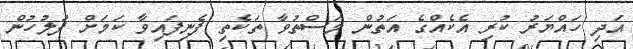
އަަދި ހައްޔަރު ކުރި އެކެއްގެ އަތުން މަސްތުވާ ތަކެތި ފެނިފައިވާ ކަމަށް ފުލުހުން